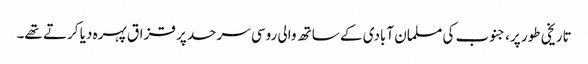
تاریخی طور پر، جنوب کی مسلمان آبادی کے ساتھ والی روسی سرحد پر قزاق پہرہ دیا کرتے تھے۔